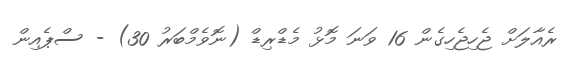
ރެއާލަށް ޖެހިޖެހިގެން 16 ވަނަ މޮޅު މެޑްރިޑް (ނޮވެމްބަރު 30) - ސްޕެއިން